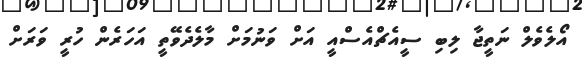
އޯލެވެލް ނަތީޖާ ލިބި ސީއެޗްއެސްއީ އަށް ވަނުމަށް މާލެދެވޭތީ އަހަރެން ހުރީ ވަރަށް